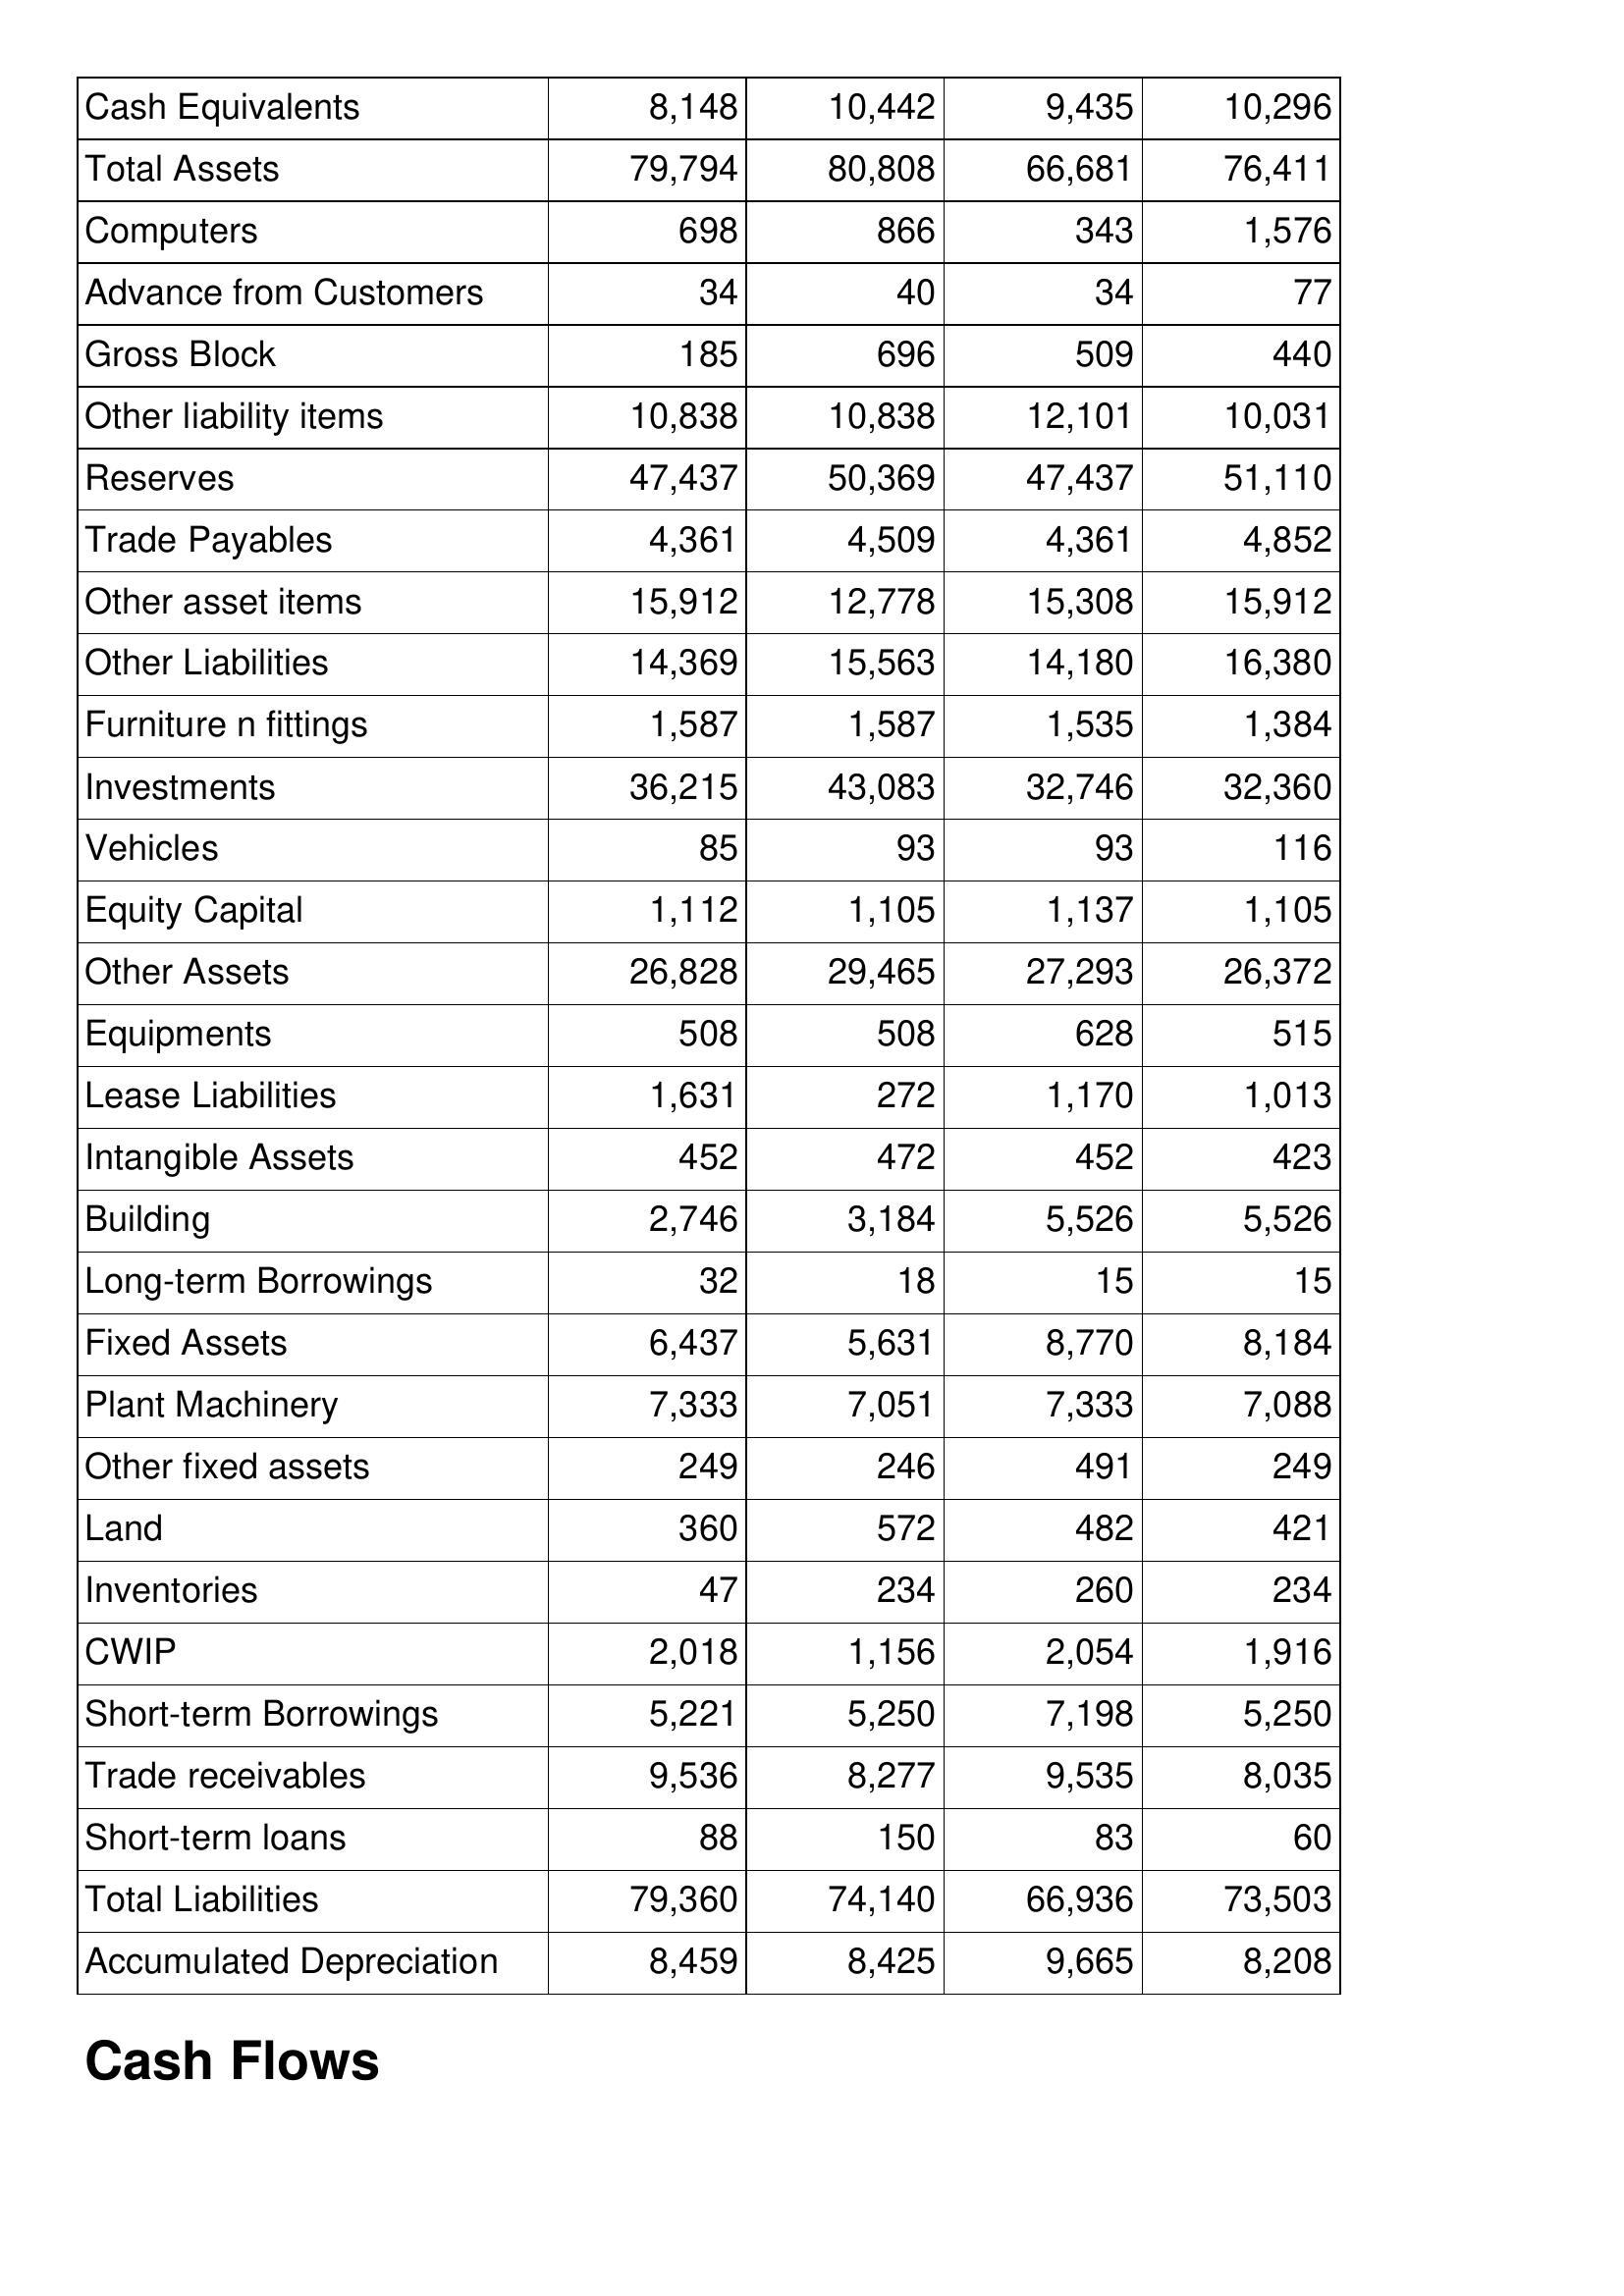
Dec-06: Balance Sheet: Cash Equivalents: 8,148
Total Assets: 79,794
Computers: 698
Advance from Customers: 34
Gross Block: 185
Other liability items: 10,838
Reserves: 47,437
Trade Payables: 4,361
Other asset items: 15,912
Other Liabilities: 14,369
Furniture n fittings: 1,587
Investments: 36,215
Vehicles: 85
Equity Capital: 1,112
Other Assets: 26,828
Equipments: 508
Lease Liabilities: 1,631
Intangible Assets: 452
Building: 2,746
Long-term Borrowings: 32
Fixed Assets: 6,437
Plant Machinery: 7,333
Other fixed assets: 249
Land: 360
Inventories: 47
CWIP: 2,018
Short-term Borrowings: 5,221
Trade receivables: 9,536
Short-term loans: 88
Total Liabilities: 79,360
Accumulated Depreciation: 8,459
Dec-07: Balance Sheet: Cash Equivalents: 10,442
Total Assets: 80,808
Computers: 866
Advance from Customers: 40
Gross Block: 696
Other liability items: 10,838
Reserves: 50,369
Trade Payables: 4,509
Other asset items: 12,778
Other Liabilities: 15,563
Furniture n fittings: 1,587
Investments: 43,083
Vehicles: 93
Equity Capital: 1,105
Other Assets: 29,465
Equipments: 508
Lease Liabilities: 272
Intangible Assets: 472
Building: 3,184
Long-term Borrowings: 18
Fixed Assets: 5,631
Plant Machinery: 7,051
Other fixed assets: 246
Land: 572
Inventories: 234
CWIP: 1,156
Short-term Borrowings: 5,250
Trade receivables: 8,277
Short-term loans: 150
Total Liabilities: 74,140
Accumulated Depreciation: 8,425
Dec-08: Balance Sheet: Cash Equivalents: 9,435
Total Assets: 66,681
Computers: 343
Advance from Customers: 34
Gross Block: 509
Other liability items: 12,101
Reserves: 47,437
Trade Payables: 4,361
Other asset items: 15,308
Other Liabilities: 14,180
Furniture n fittings: 1,535
Investments: 32,746
Vehicles: 93
Equity Capital: 1,137
Other Assets: 27,293
Equipments: 628
Lease Liabilities: 1,170
Intangible Assets: 452
Building: 5,526
Long-term Borrowings: 15
Fixed Assets: 8,770
Plant Machinery: 7,333
Other fixed assets: 491
Land: 482
Inventories: 260
CWIP: 2,054
Short-term Borrowings: 7,198
Trade receivables: 9,535
Short-term loans: 83
Total Liabilities: 66,936
Accumulated Depreciation: 9,665
Dec-09: Balance Sheet: Cash Equivalents: 10,296
Total Assets: 76,411
Computers: 1,576
Advance from Customers: 77
Gross Block: 440
Other liability items: 10,031
Reserves: 51,110
Trade Payables: 4,852
Other asset items: 15,912
Other Liabilities: 16,380
Furniture n fittings: 1,384
Investments: 32,360
Vehicles: 116
Equity Capital: 1,105
Other Assets: 26,372
Equipments: 515
Lease Liabilities: 1,013
Intangible Assets: 423
Building: 5,526
Long-term Borrowings: 15
Fixed Assets: 8,184
Plant Machinery: 7,088
Other fixed assets: 249
Land: 421
Inventories: 234
CWIP: 1,916
Short-term Borrowings: 5,250
Trade receivables: 8,035
Short-term loans: 60
Total Liabilities: 73,503
Accumulated Depreciation: 8,208